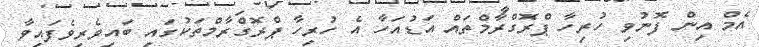
އެމް އިން ފޮނުވި ހުރިހާ ޕްރޮގްރާމްތައް އަޑުއަހާ އެ ހުރިހާ ޕްރޮގްރާމްތަކުގައި ބައިވެރިވެފައިވާ